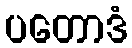
ပတောဒံ